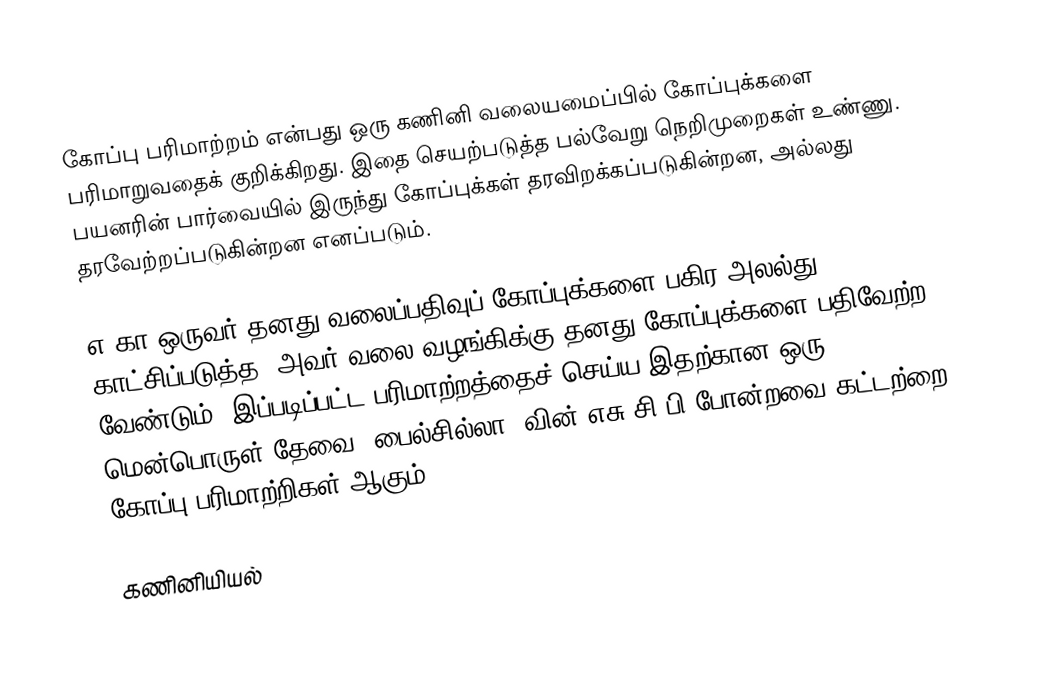
கோப்பு பரிமாற்றம் என்பது ஒரு கணினி வலையமைப்பில் கோப்புக்களை பரிமாறுவதைக் குறிக்கிறது.  இதை செயற்படுத்த பல்வேறு நெறிமுறைகள் உண்ணு.  பயனரின் பார்வையில் இருந்து கோப்புக்கள் தரவிறக்கப்படுகின்றன, அல்லது தரவேற்றப்படுகின்றன எனப்படும்.

எ.கா ஒருவர் தனது வலைப்பதிவுப் கோப்புக்களை பகிர அலல்து காட்சிப்படுத்த, அவர் வலை வழங்கிக்கு தனது கோப்புக்களை பதிவேற்ற வேண்டும்.  இப்படிப்பட்ட பரிமாற்றத்தைச் செய்ய இதற்கான ஒரு மென்பொருள் தேவை.  பைல்சில்லா, வின்.எசு.சி.பி போன்றவை கட்டற்றை கோப்பு பரிமாற்றிகள் ஆகும்.

கணினியியல்